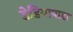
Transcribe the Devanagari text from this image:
डेडियापाडा